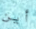
أين